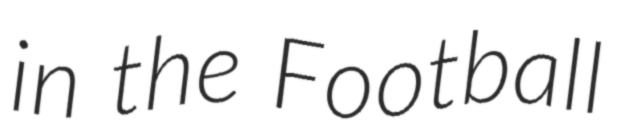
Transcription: in the Football